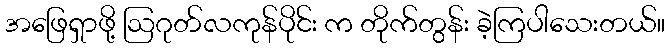
အဖြေရှာဖို့ ဩဂုတ်လကုန်ပိုင်း က တိုက်တွန်း ခဲ့ကြပါသေးတယ်။